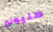
مليونير